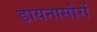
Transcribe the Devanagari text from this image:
डायनासौरों